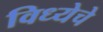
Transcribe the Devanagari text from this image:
विध्येचे